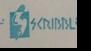
Signature authenticity: forged